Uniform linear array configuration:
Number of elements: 64
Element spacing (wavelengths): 1
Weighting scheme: uniform
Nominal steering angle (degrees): -60
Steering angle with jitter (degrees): -61.88
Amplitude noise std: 0.05
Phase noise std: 0.05

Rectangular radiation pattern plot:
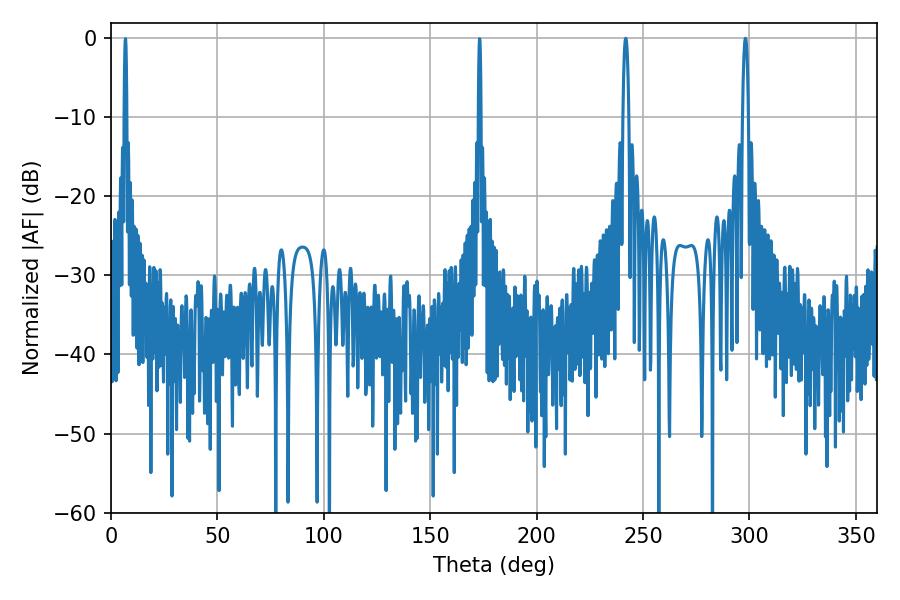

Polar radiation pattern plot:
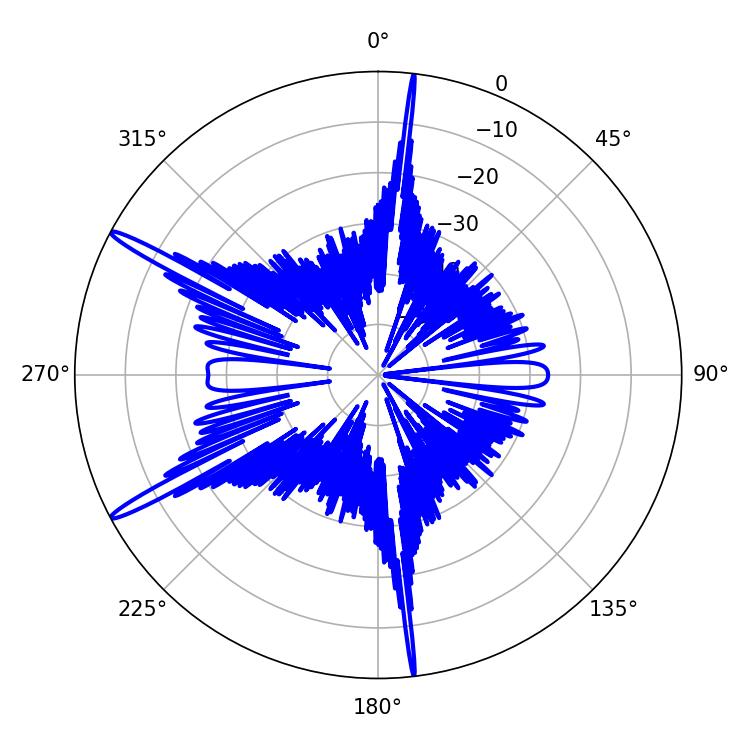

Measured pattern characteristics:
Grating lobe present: TRUE
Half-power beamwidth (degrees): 1.44
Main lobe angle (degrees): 298.08